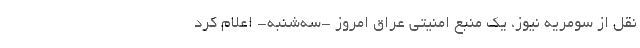
نقل از سومریه نیوز، یک منبع امنیتی عراق امروز -سه‌شنبه- اعلام کرد